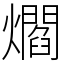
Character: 爓